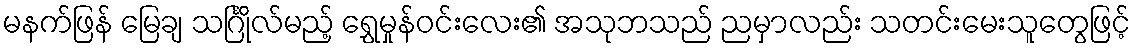
မနက်ဖြန် မြေချ သင်္ဂြိုလ်မည့် ရွှေမှုန်ဝင်းလေး၏ အသုဘသည် ညမှာလည်း သတင်းမေးသူတွေဖြင့်